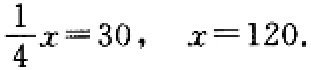
\(\frac{1}{4}x = 30,\ x = 120.\)